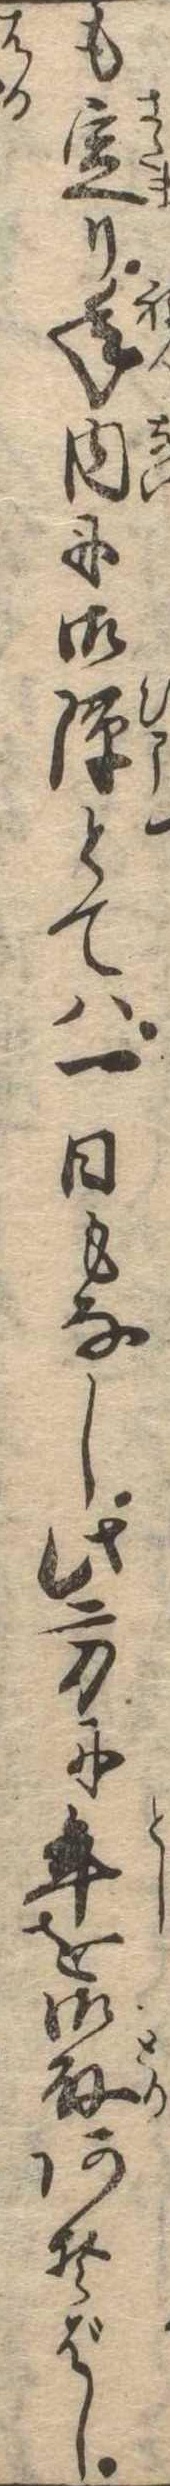
も定り年内に御隙とては一日もなし此方に年を御取あそばし